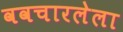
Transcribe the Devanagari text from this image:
ववचारलेला